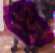
ঙ